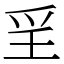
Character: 㸒